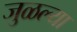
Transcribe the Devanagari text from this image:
जुळल्या